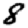
Digit: 8